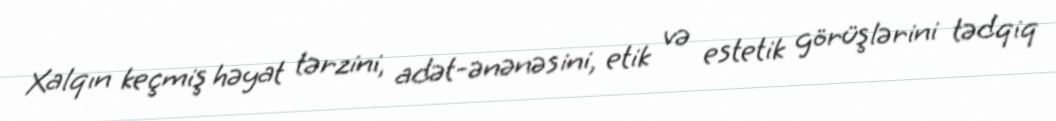
Xalqın keçmiş həyat tərzini, adət-ənənəsini, etik və estetik görüşlərini tədqiq